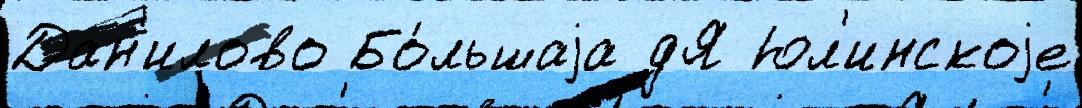
Дан'илово Бо́льшаjа дЯ Юл'инскоjе